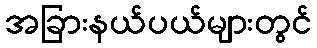
အခြားနယ်ပယ်များတွင်